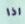
اذا